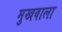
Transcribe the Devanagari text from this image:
मुखवाला